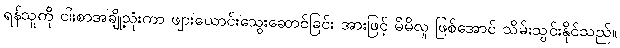
ရန်သူကို ငါးစာအချို့သုံးကာ ဖျားယောင်းသွေးဆောင်ခြင်း အားဖြင့် မိမိလူ ဖြစ်အောင် သိမ်းသွင်းနိုင်သည်။